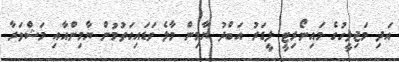
އަދި މަޖިލީހުގެ މައިނޯރިޓީ ލީޑަރު އަބްދު ޔާމިން މާލެ ވަޑައިގަތުމުން ޔާމިންއާއި މަޝްވަރާ